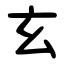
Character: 玄